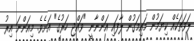
ލަވަތަކެއް ކިޔަމުން މައިމަގުން ލާފައި އަންނާނީ "ވައްޖި ހަރުގެ" އަށެވެ. މިއަންނަ އިރު